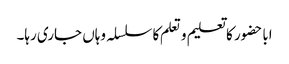
اباحضور کا تعلیم و تعلم کا سلسلہ وہاں جاری رہا۔